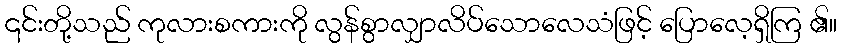
၎င်းတို့သည် ကုလားစကားကို လွန်စွာလျှာလိပ်သောလေသံဖြင့် ပြောလေ့ရှိကြ ၏။